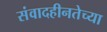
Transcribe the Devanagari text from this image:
संवादहीनतेच्या